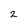
Character: 2